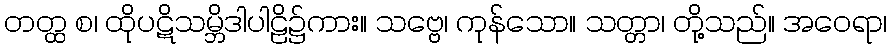
တတ္ထ စ၊ ထိုပဋိသမ္ဘိဒါပါဠိ၌ကား။ သဗ္ဗေ၊ ကုန်သော။ သတ္တာ၊ တို့သည်။ အဝေရာ၊